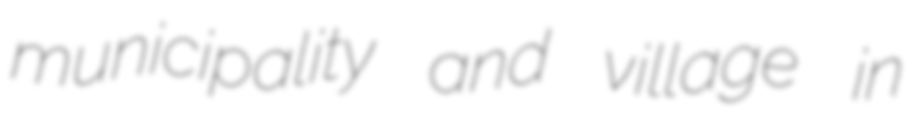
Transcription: municipality and village in